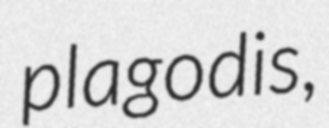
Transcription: plagodis,